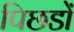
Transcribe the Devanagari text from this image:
पिछडों